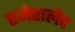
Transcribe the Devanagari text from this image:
एमेरालेद